Lunatic asylums Bombay report 1891-1903 - 1891-1903
Year: 1891
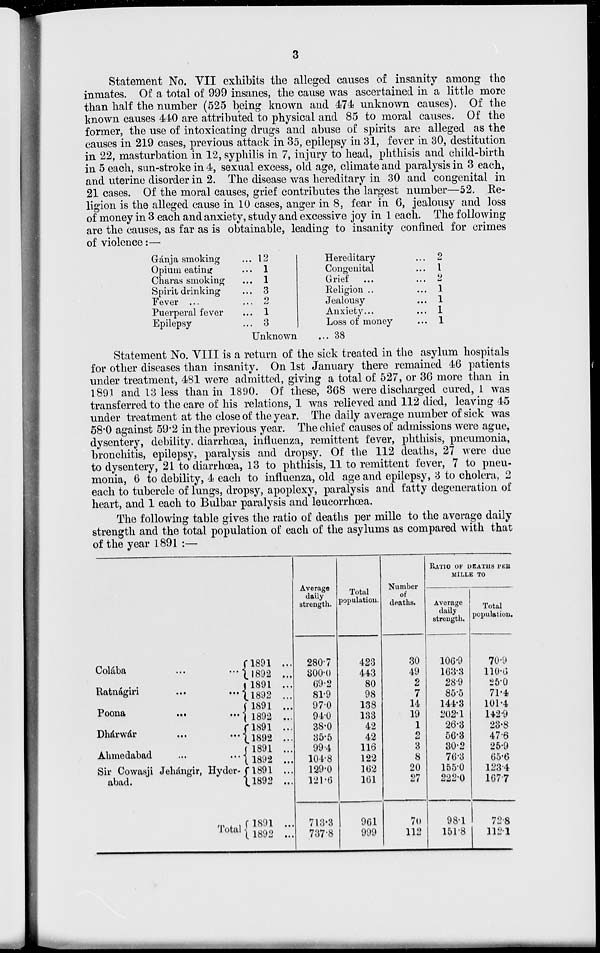
3
Statement No. VII exhibits the alleged causes of insanity among the
inmates. Of a total of 999 insanes, the cause was ascertained in a little more
than half the number (525 being known and 474 unknown causes). Of the
known causes 440 are attributed to physical and 85 to moral causes. Of the
former, the use of intoxicating drugs and abuse of spirits are alleged as the
causes in 219 cases, previous attack in 35, epilepsy in 31, fever in 30, destitution
in 22, masturbation in 12, syphilis in 7, injury to head, phthisis and child-birth
in 5 each, sun-stroke in 4, sexual excess, old age, climate and paralysis in 3 each,
and uterine disorder in 2. The disease was hereditary in 30 and congenital in
21 cases. Of the moral causes, grief contributes the largest number—52. Re-
ligion is the alleged cause in 10 cases, anger in 8, fear in 6, jealousy and loss
of money in 3 each and anxiety, study and excessive joy in 1 each. The following
are the causes, as far as is obtainable, leading to insanity confined for crimes
of violence:—
Gánja smoking ...
Opium eating ...
Charas smoking ...
Spirit drinking ...
Fever ... ...
Puerperal fever ...
Epilepsy ...
12
1
1
3
2
1
3
Hereditary ...
Congenital ...
Grief ... ...
Religion ... ...
Jealousy ...
Anxiety ... ...
Loss of money ...
2
1
2
1
1
1
1
Unknown
... 38
Statement No. VIII is a return of the sick treated in the asylum hospitals
for other diseases than insanity. On 1st January there remained 46 patients
under treatment, 481 were admitted, giving a total of 527, or 36 more than in
1891 and 13 less than in 1890. Of these, 368 were discharged cured, 1 was
transferred to the care of his relations, 1 was relieved and 112 died, leaving 45
under treatment at the close of the year. The daily average number of sick was
58.0 against 59.2 in the previous year. The chief causes of admissions were ague,
dysentery, debility, diarrhœa, influenza, remittent fever, phthisis, pneumonia,
bronchitis, epilepsy, paralysis and dropsy. Of the 112 deaths, 27 were due
to dysentery, 21 to diarrhœa, 13 to phthisis, 11 to remittent fever, 7 to pneu-
monia, 6 to debility, 4 each to influenza, old age and epilepsy, 3 to cholera, 2
each to tubercle of lungs, dropsy, apoplexy, paralysis and fatty degeneration of
heart, and 1 each to Bulbar paralysis and leucorrhœa.
The following table gives the ratio of deaths per mille to the average daily
strength and the total population of each of the asylums as compared with that
of the year 1891 :—
Colába
...
...
Ratnágiri
...
...
Poona
...
...
Dhárwár
...
...
Ahmedabad
...
...
Sir Cowasji Jehángir, Hyderabad.
Total
1891 ...
1892 ...
1891 ...
1892 ...
1891 ...
1892 ...
1891 ...
1892 ...
1891 ...
1892 ...
1891 ...
1892 ...
1891 ...
1892 ...
Average
daily
strength.
280.7
300.0
69.2
81.9
97.0
94.0
38.0
35.5
99.4
104.8
129.0
121.6
713.3
737.8
Total
population.
423
443
80
98
138
133
42
42
116
122
162
161
961
999
Number
of
deaths.
30
49
2
7
14
19
1
2
3
8
20
27
70
112
RATIO OF DEATHS PER
MILLE TO
Average
daily
strength.
106.9
163.3
28.9
85.5
144.3
202.1
26.3
56.3
30.2
76.3
155.0
222.0
98.1
151.8
Total
population.
70.9
110.6
25.0
71.4
101.4
142.9
23.8
47.6
25.9
65.6
123.4
167.7
72.8
112.1